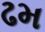
ઢમ